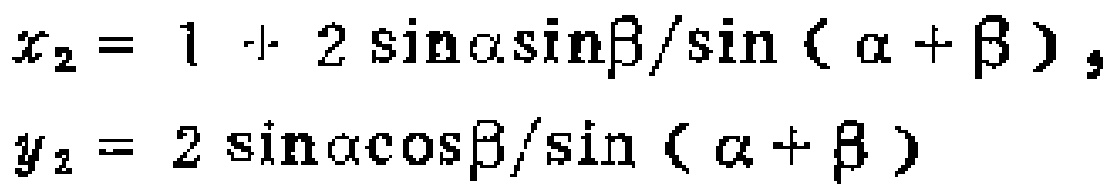
\[
x_{2}=1 + 2\sin\alpha\sin\beta/\sin(\alpha + \beta),
\]
\[
y_{2}=2\sin\alpha\cos\beta/\sin(\alpha + \beta)
\]